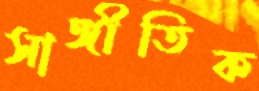
সাঙ্গীতিক